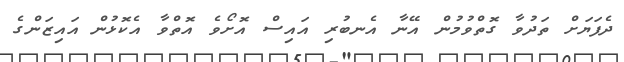
ދެފަޔަށް ތަދުވާ ގޮތްވުމުން އޭނާ އެނބުރި އައިސް އޮށޯވެ އޮތްވާ އެކޮޅުން އައިޒަންގެ